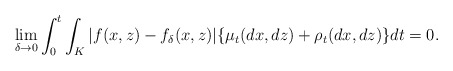
\begin{align*}\lim_{\delta \to 0} \int_0^t \int_K |f(x, z) - f_{\delta}(x, z)| \{\mu_t(dx, dz) + \rho_t(dx, dz)\}dt = 0.\end{align*}